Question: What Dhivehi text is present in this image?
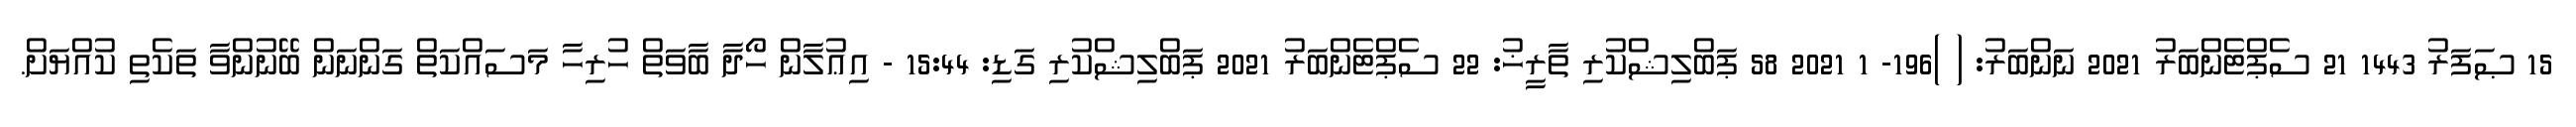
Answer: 15 ޞަފަރު 1443 21 ސެޕްޓެންބަރު 2021 ނަންބަރު: ( )196- 1 2021 58 ޕަބްލިޝްކުރި ތާރީޚު: 22 ސެޕްޓެންބަރު 2021 ޕަބްލިޝްކުރި ގަޑި: 15:44 - އިޢުލާން ހޯދާ ބާވަތް ހުރިހާ މަސައްކަތް ގަންނަން ބޭނުންވާ ތަކެތި ކުއްޔަށް.